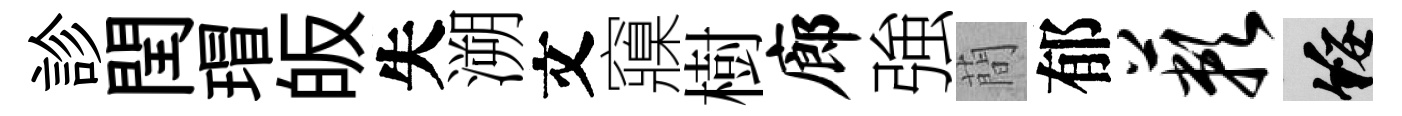
診閏瑁皈失溯文䆿樹廊強蕳郁蔌綏